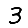
Digit: 3